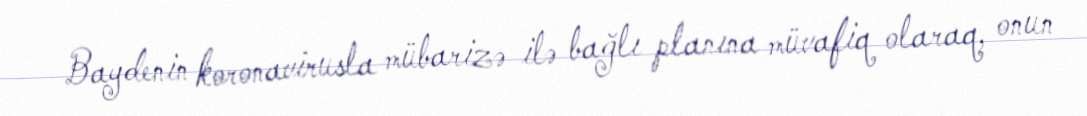
Baydenin koronavirusla mübarizə ilə bağlı planına müvafiq olaraq, onun